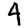
Digit: 4